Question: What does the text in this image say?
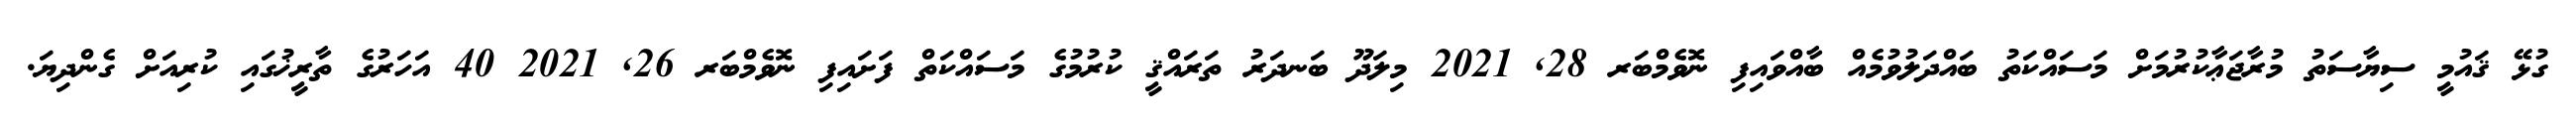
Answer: ގުޅޭ ޤައުމީ ސިޔާސަތު މުރާޖަޢާކުރުމަށް މަސައްކަތު ބައްދަލުވުމެއް ބާއްވައިފި ނޮވެމްބަރ 28, 2021 މިލަދޫ ބަނދަރު ތަރައްޤީ ކުރުމުގެ މަސައްކަތް ފަށައިފި ނޮވެމްބަރ 26, 2021 40 އަހަރުގެ ތާރީޚުގައި ކުރިއަށް ގެންދިޔަ.